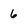
Character: 6